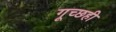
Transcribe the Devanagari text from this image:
गूच्छही